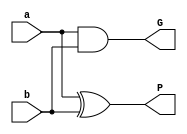
`timescale 1ns / 1ps

module PG (input a, b,
           output reg P, G);
            
    always @ (*) begin
        P = a ^ b;
        G = a & b;
    end    
            
endmodule